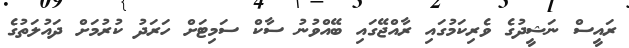
ރައީސް ނަޝީދުގެ ވެރިކަމުގައި ރާއްޖޭގައި ބޭއްވުނު ސާކް ސަމިޓަށް ހަރަދު ކުރުމަށް ދައުލަތުގެ